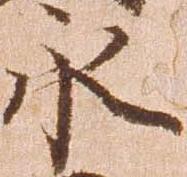
永